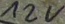
Text: 12V